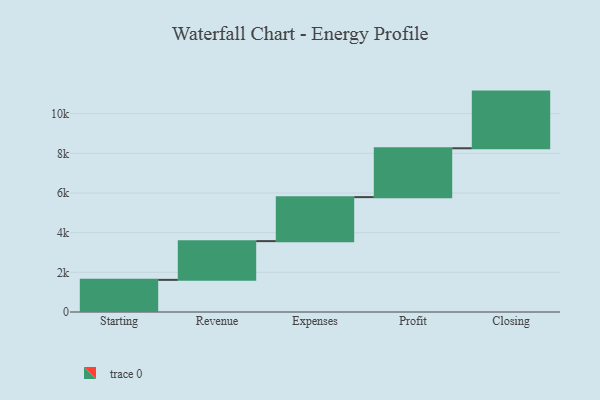
{"axis": {"x": "Step", "y": "Value"}, "legend": [""], "data": [{"x": "Starting", "y": 1621.0, "type": ""}, {"x": "Revenue", "y": 1953.0, "type": ""}, {"x": "Expenses", "y": 2219.0, "type": ""}, {"x": "Profit", "y": 2464.0, "type": ""}, {"x": "Closing", "y": 2858.0, "type": ""}]}